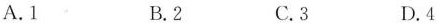
A.1 B.2 C.3 D.4